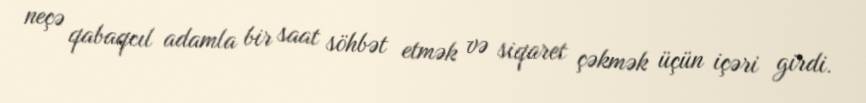
neçə qabaqcıl adamla bir saat söhbət etmək və siqaret çəkmək üçün içəri girdi.